Report on the lunatic asylums under the Government of Bombay - 1904-1913
Year: 1904
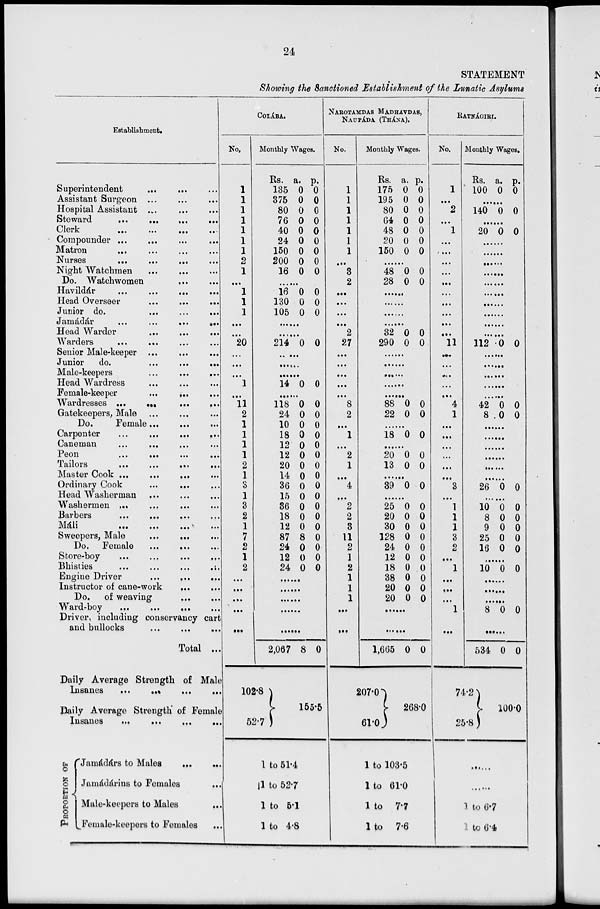
24
STATEMENT
Showing the Sanctioned Establishment of the Lunatic Asylums
Establishment.
Superintendent ... ... ...
Assistant Surgeon ... ... ...
Hospital Assistant ... ... ...
Steward
...
...
... ...
Clerk
...
... ... ...
Compounder ... ... ... ...
Matron ... ... ... ...
Nurses
...
...
...
...
Night Watchmen ... ... ...
Do. Watchwomen ... ...
Havildár ... ... ... ...
Head Overseer
...
... ...
Junior do.
...
... ...
Jamádár
...
... ... ...
Head Warder ... ... ...
Warders
...
... ... ...
Senior Male-keeper ... ... ...
Junior
do.
...
...
...
Male-keepers
...
...
...
Head Wardress ... ... ...
Female-keeper
...
... ...
Wardresses ...
...
...
...
Gatekeepers, Male ... ... ...
Do.
Female ... ... ...
Carpenter
...
...
...
...
Caneman
...
... ... ...
Peon
...
...
...
...
Tailors
...
...
...
...
Master Cook ...
...
... ...
Ordinary Cook
...
... ...
Head Washerman ... ... ...
Washermen
...
... ... ...
Barbers
... ... ... ...
Má1i ... ... ... ...
Sweepers, Male
...
... ...
Do. Female ... ... ...
Store-boy
...
...
...
...
Bhisties
...
...
...
...
Engine Driver
...
...
...
Instructor of cane-work
... ...
Do. of weaving ... ...
Ward-boy
...
... ... ...
Driver, including conservancy cart
and bullocks ... ... ...
Total ...
Daily Average Strength of Male
Insanes ... ... ... ...
Daily Average Strength of Female
Insanes ... ... ... ...
PROPORTION OF
Jamádárs to Males ... ...
Jamádárins to Females ...
Male-keepers to Males ...
Female-keepers to Females ...
COLÁBA.
No.
1
1
1
1
1
1
1
2
1
...
1
1
1
...
...
20
...
...
...
1
...
11
2
1
1
1
1
2
1
3
1
3
2
1
7
2
1
2
...
...
...
...
...
Monthly Wages.
Rs.
135
375
80
76
40
24
150
200
16
a.
0
0
0
0
0
0
0
0
0
p.
0
0
0
0
0
0
0
0
0
......
16
130
105
0
0
0
0
0
0
......
.....
214 0 0
.......
.......
.......
14 0 0
......
118
24
10
18
12
12
20
14
36
15
36
18
12
87
24
12
24
0
0
0
0
0
0
0
0
0
0
0
0
0
8
0
0
0
0
0
0
0
0
0
0
0
0
0
0
0
0
0
0
0
0
......
......
......
......
......
2,067
102.8
52.7
8 0
155.5
1 to 51.4
1 to 52.7
1 to 5.1
1 to 4.8
NAROTAMDAS MADHAVDAS,
NAUPÁDA (THÁNA).
No.
1
1
1
1
1
1
1
...
3
2
...
...
...
...
2
27
...
...
...
...
...
8
2
...
1
...
2
1
...
4
...
2
2
3
11
2
1
2
1
1
1
...
...
Monthly Wages.
Rs.
175
195
80
64
48
20
150
a.
0
0
0
0
0
0
0
p.
0
0
0
0
0
0
0
......
48
28
0
0
0
0
......
......
......
......
32
290
0
0
0
0
......
......
......
......
......
88
22
0
0
0
0
......
18 0 0
......
20
13
0
0
0
0
......
39 0 0
......
25
20
30
128
24
12
18
38
20
20
0
0
0
0
0
0
0
0
0
0
0
0
0
0
0
0
0
0
0
0
......
......
1,665
207.0
61.0
0 0
268.0
1 to 103.5
1 to 61.0
1 to 7.7
1 to 7.6
RATNÁGIRI.
No.
1
...
2
...
1
...
...
...
...
...
...
...
...
...
...
11
...
...
...
...
...
4
1
...
...
...
...
...
...
3
...
1
1
1
3
2
...
1
...
...
...
1
...
Monthly Wages.
Rs.
100
a.
0
p.
0
......
140 0 0
......
20 0 0
......
......
......
......
......
......
......
......
......
......
112 0 0
......
......
......
......
......
42
8
0
0
0
0
......
......
......
......
......
......
26 0 0
......
10
8
9
25
16
0
0
0
0
0
0
0
0
0
0
......
10 0 0
......
......
......
8 0 0
......
534
74.2
25.8
0 0
100.0
......
......
1 to 6.7
1 to 6.4